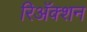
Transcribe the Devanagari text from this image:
रिअॅक्शन